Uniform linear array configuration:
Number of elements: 12
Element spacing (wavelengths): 0.5
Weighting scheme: hamming
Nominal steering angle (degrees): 30
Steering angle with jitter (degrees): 31.407
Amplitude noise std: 0.05
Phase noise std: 0.05

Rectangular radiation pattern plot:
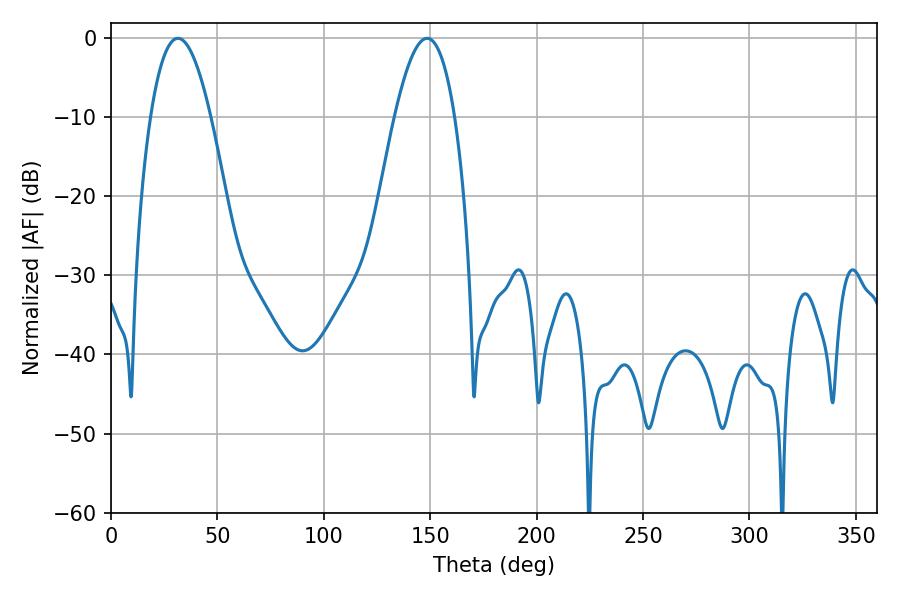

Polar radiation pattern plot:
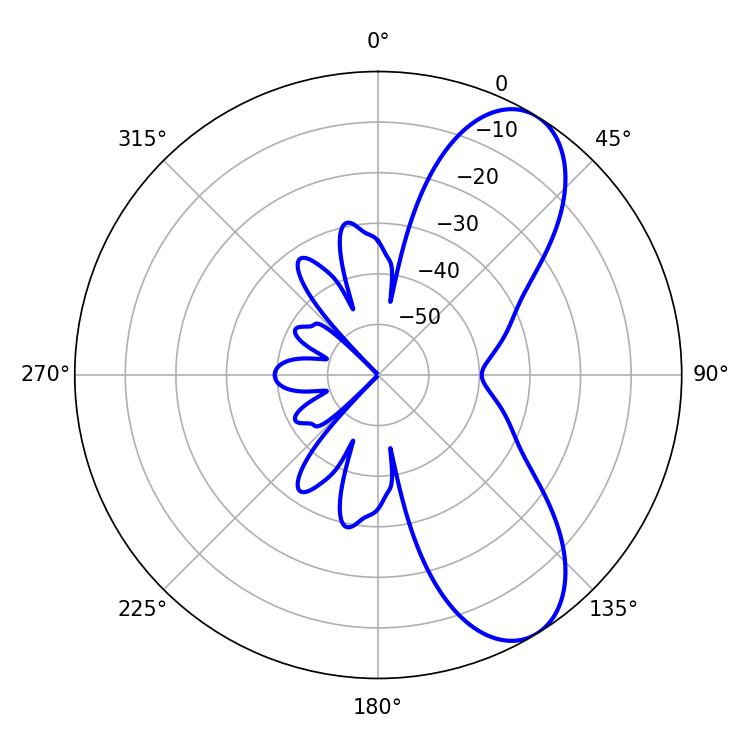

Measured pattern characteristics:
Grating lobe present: FALSE
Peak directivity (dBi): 8.109
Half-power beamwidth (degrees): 15.48
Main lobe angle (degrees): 31.5